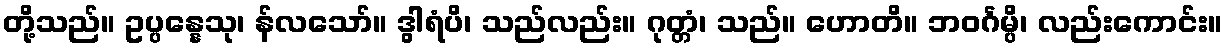
တို့သည်။ ဥပ္ပန္နေသု၊ န်လသော်။ ဒွါရံပိ၊ သည်လည်း။ ဂုတ္တံ၊ သည်။ ဟောတိ။ ဘဝင်္ဂမ္ပိ၊ လည်းကောင်း။